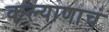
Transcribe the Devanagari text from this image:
कल्याणाचं